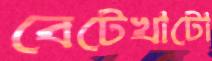
বেটেখাটো